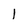
Character: l